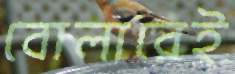
বোলারেই